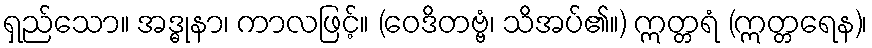
ရှည်သော။ အဒ္ဓုနာ၊ ကာလဖြင့်။ (ဝေဒိတဗ္ဗံ၊ သိအပ်၏။) ဣတ္တရံ (ဣတ္တရေန)၊